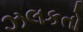
ઝલકતો